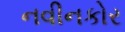
નવીનકોર